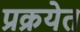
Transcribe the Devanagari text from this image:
प्रक्रयेत